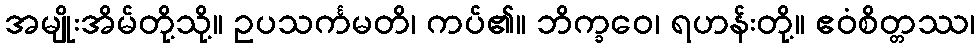
အမျိုးအိမ်တို့သို့။ ဥပသင်္ကမတိ၊ ကပ်၏။ ဘိက္ခဝေ၊ ရဟန်းတို့။ ဧဝံစိတ္တဿ၊